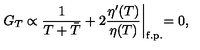
G _ { T } \propto { \frac { 1 } { T + \bar { T } } } + 2 { \frac { \eta ^ { \prime } ( T ) } { \eta ( T ) } } \biggl \vert _ { \mathrm { f . p . } } = 0 ,